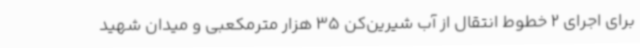
برای اجرای 2 خطوط انتقال از آب شیرین‌کن 35 هزار مترمکعبی و میدان شهید